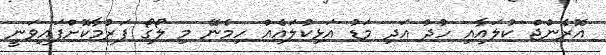
އޮރެންޖް ކުލައާއި ހުދު އަދި މަޑު އަޅިކުލައެއް ހިމެނޭ މި ލޯގޯ ފަރުމާކޮށްފައިވަނީ